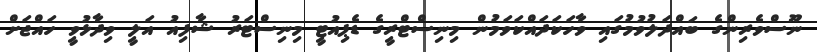
ނޫސްވެރިންގެ ބައްދަލުވުމުގައި ވާހަކަދައްކަވަމުން މިނިސްޓްރީގެ ޑެޕިއުޓީ މިނިސްޓަރު ޝާފިއު އަލީ ވިދާޅުވީ ހައްޖަށް